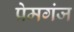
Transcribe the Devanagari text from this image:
प्रेमगंज